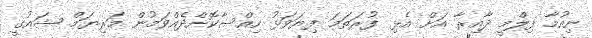
ނިއުމާ ފިލްމީ ދާއިރާ އަށް އެޅި ފުރަތަމަ ފިޔަވަޅު ހިއްސާކޮށްދެއްވަމުން މަރިޔަމް ޝައުގީ